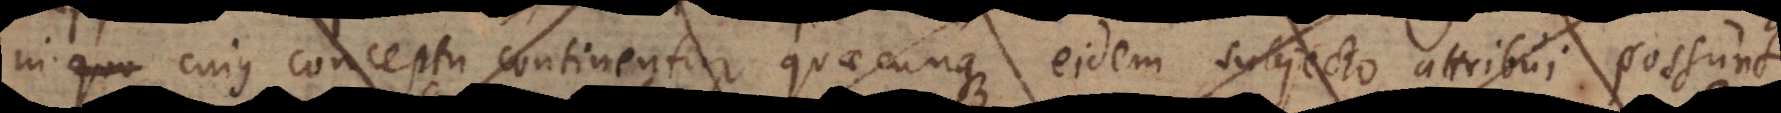
in quo cujus conceptu continentur quaecunque eidem subjecto attribui possunt,